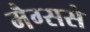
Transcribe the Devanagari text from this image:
मैग्ससे